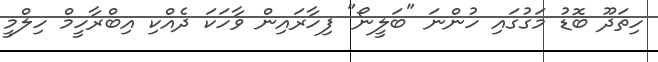
ހިތަދޫ ބޮޑު މަގުގައި ހުންނަ "ބަލީނޯ" ފިހާރައިން ވާހަކަ ދެއްކި އިބްރާހީމް ހިލްމީ